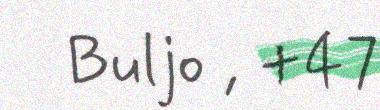
Buljo , +47